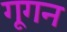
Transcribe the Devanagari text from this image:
गूगन